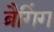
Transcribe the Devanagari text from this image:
ब्रैगिंग